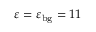
\varepsilon = \varepsilon _ { \mathrm { { b g } } } = 1 1